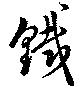
鐡